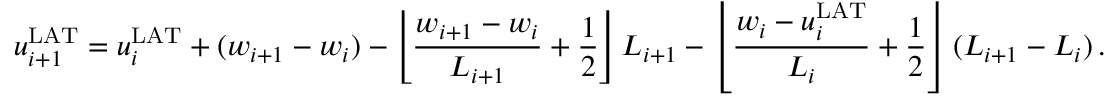
u _ { i + 1 } ^ { \mathrm { L A T } } = u _ { i } ^ { \mathrm { L A T } } + ( w _ { i + 1 } - w _ { i } ) - \left\lfloor \frac { w _ { i + 1 } - w _ { i } } { L _ { i + 1 } } + \frac { 1 } { 2 } \right\rfloor L _ { i + 1 } - \left\lfloor \frac { w _ { i } - u _ { i } ^ { \mathrm { L A T } } } { L _ { i } } + \frac { 1 } { 2 } \right\rfloor ( L _ { i + 1 } - L _ { i } ) \, .